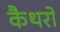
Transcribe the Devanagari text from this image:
कैथरो